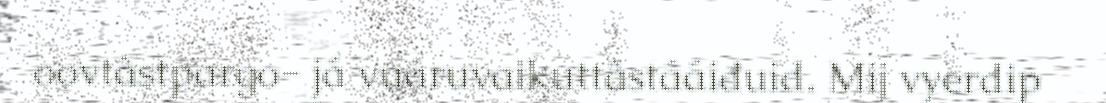
oovtâstpargo- já vuáruvaikuttâstááiđuid. Mij vyerdip